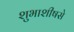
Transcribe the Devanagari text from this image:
शुभाशीषसे